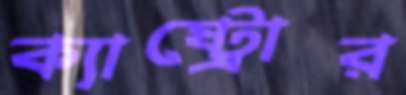
ক্যাষ্ট্রোর